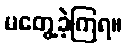
မတွေ့ခဲ့ကြရ။